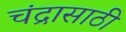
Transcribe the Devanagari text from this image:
चंद्रासाठी